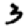
Digit: 3